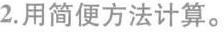
2. 用简便方法计算。